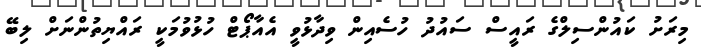
މިރަށު ކައުންސިލްގެ ރައީސް ސައުދު ހުސެއިން ވިދާޅުވީ އެއާޕޯޓް ހުޅުވުމަކީ ރައްޔިތުންނަށް ލިބޭ